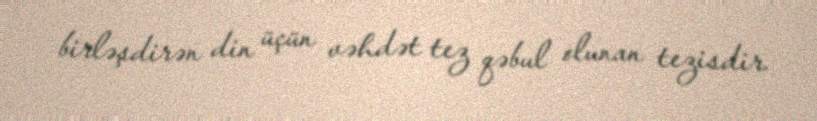
birləşdirən din üçün vəhdət tez qəbul olunan tezisdir.